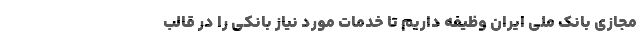
مجازی بانک ملی ایران وظیفه داریم تا خدمات مورد نیاز بانکی را در قالب